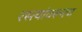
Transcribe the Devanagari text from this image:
रस्त्यांवरूनच